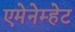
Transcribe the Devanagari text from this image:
एमेनेम्हेट